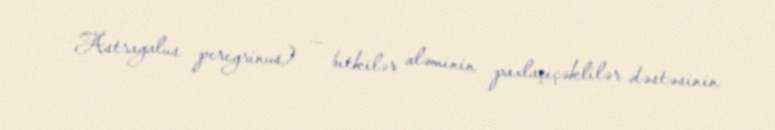
Astragalus peregrinus) — bitkilər aləminin paxlaçiçəklilər dəstəsinin